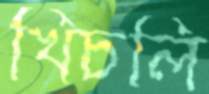
খিচলি